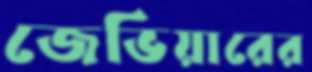
জেভিয়ারের